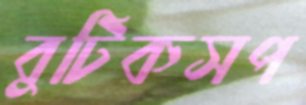
বুটিকসপ